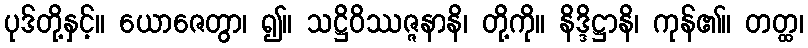
ပုဒ်တို့နှင့်။ ယောဇေတွာ၊ ၍။ သဋ္ဌိဝိဿဇ္ဇနာနိ၊ တို့ကို။ နိဒ္ဒိဋ္ဌာနိ၊ ကုန်၏။ တတ္ထ၊